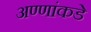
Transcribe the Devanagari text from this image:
अण्णांकडे